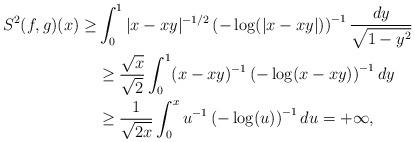
LaTeX: \begin{align*} S^2(f,g) (x) \geq& \int_{0}^{1} |x-xy|^{-1/2}\left(-\log(|x-xy|)\right)^{-1} \frac{dy}{\sqrt{1-y^2}}\\&\geq \frac{\sqrt{x}}{\sqrt{2}} \int_{0}^{1}(x-xy)^{-1} \left(-\log(x-xy)\right)^{-1}dy\\&\geq \frac{1}{\sqrt{2x}} \int_{0}^{x} u^{-1} \left(-\log(u)\right)^{-1}du=+\infty,\end{align*}